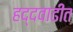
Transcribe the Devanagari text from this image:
हद्दवाढीत